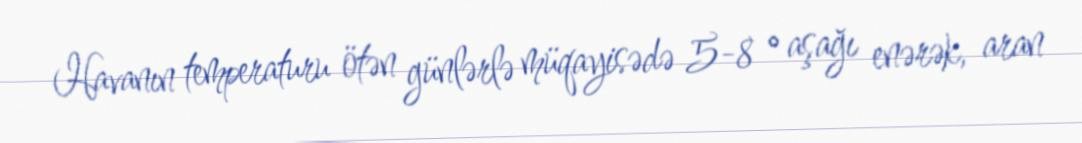
Havanın temperaturu ötən günlərlə müqayisədə 5-8 ° aşağı enərək, aran